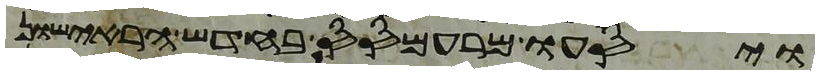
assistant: ויסעו מרעמסס בחדש הראישון